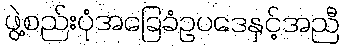
ဖွဲ့စည်းပုံအခြေခံဥပဒေနှင့်အညီ